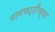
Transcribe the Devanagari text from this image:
पानपट्टीच्या